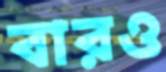
বারও